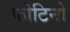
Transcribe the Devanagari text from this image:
फोटिनो